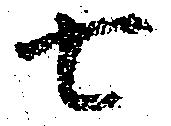
七